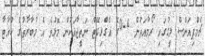
ޗެމްޕިއަންސް ލީގުގައި ރޯމާއަތުން 4-0ގެ އެގްރިގޭޓް ނަތީޖާއަކުން މޮޅުވެ އެ މުބާރާތުގެ ކުއާޓާ